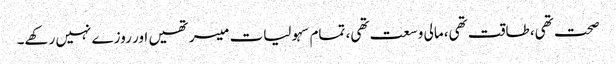
صحت تھی، طاقت تھی، مالی وسعت تھی، تمام سہولیات میسر تھیں اور روزے نہیں رکھے۔